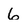
Character: 6